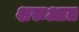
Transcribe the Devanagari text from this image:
शरूआत